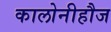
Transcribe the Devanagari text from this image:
कालोनीहौज